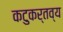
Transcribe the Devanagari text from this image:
कटुकर्तव्य